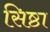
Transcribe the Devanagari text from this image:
सिष्ठा